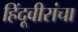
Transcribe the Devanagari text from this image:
हिंदूवीरांचा